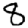
Digit: 8